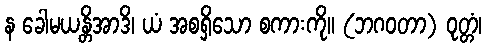
န ခေါမယန္တိအာဒိ၊ ယံ အစရှိသော စကားကို။ (ဘဂဝတာ) ဝုတ္တံ၊